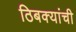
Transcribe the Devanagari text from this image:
ठिबक्यांची